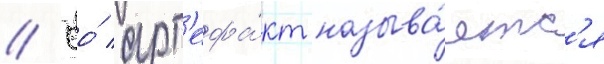
// Ео́ арт'ефа́кт называ́етс'я